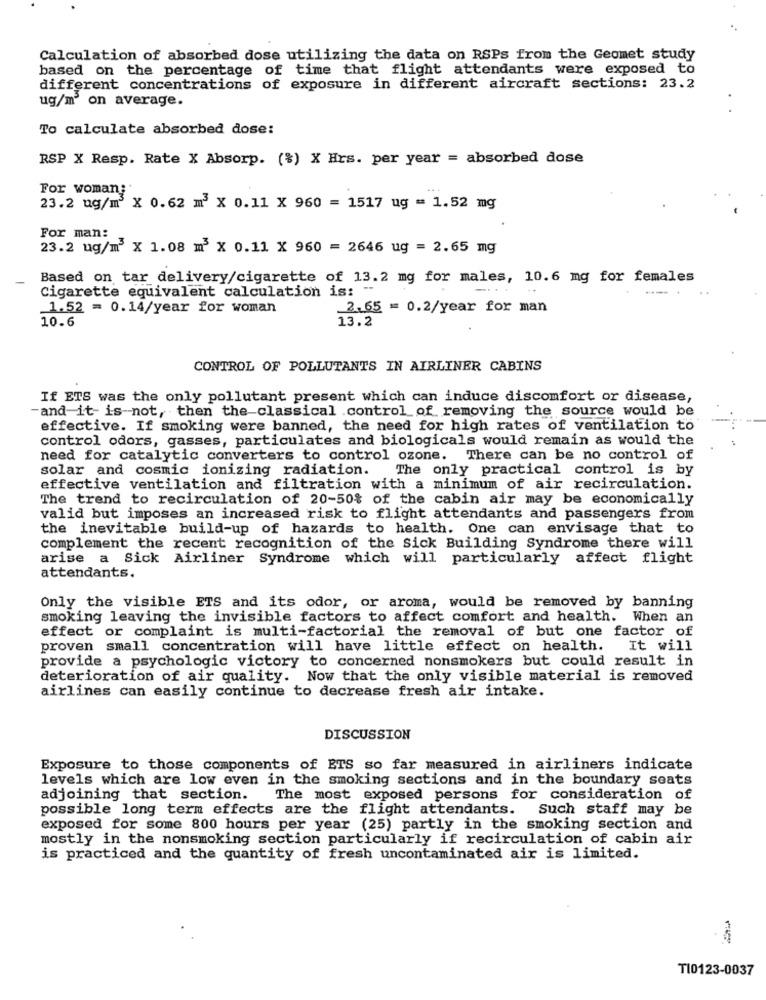
Calculation of absorbed dose utilizing the data on RSPs from the Geomet study
based on the percentage of time that flight attendants were exposed to
different concentrations of exposure in different aircraft sections: 23.2
ug/m' on average.
To calculate absorbed dose:
RSP X Resp. Rate X Absorp. (%) X Hrs. per year = absorbed dose
For woman;
23.2 ug/m3 X 0.62 m3 X 0.11 X 960 = 1517 ug = 1.52 mg
For man:
23.2 ug/m3 X 1.08 m x 0.11 X 960 = 2646 ug = 2.65 mg
-
Based on tar delivery/cigarette of 13.2 mg for males, 10.6 mg for females
Cigarette equivalent calculation is: -
-...
1.52 = 0.14/year for woman
2.65 == 0.2/year for man
10.6
13.2
CONTROL OF POLLUTANTS IN AIRLINER CABINS
If ETS was the only pollutant present which can induce discomfort or disease,
-and-it- is not, then the classical .control of removing the source would be
effective. If smoking were banned, the need for high rates of ventilation to
control odors, gasses, particulates and biologicals would remain as would the
need for catalytic converters to control ozone. There can be no control of
solar and cosmic ionizing radiation. The only practical control is by
effective ventilation and filtration with a minimum of air recirculation.
The trend to recirculation of 20-50% of the cabin air may be economically
valid but imposes an increased risk to flight attendants and passengers from
the inevitable build-up of hazards to health. One can envisage that to
complement the recent recognition of the Sick Building Syndrome there will
arise a Sick Airliner Syndrome which will particularly affect flight
attendants.
Only the visible ETS and its odor, or aroma, would be removed by banning
smoking leaving the invisible factors to affect comfort and health. When an
effect or complaint is multi-factorial the removal of but one factor of
proven small concentration will have little effect on health. It will
provide a psychologic victory to concerned nonsmokers but could result in
deterioration of air quality. Now that the only visible material is removed
airlines can easily continue to decrease fresh air intake.
DISCUSSION
Exposure to those components of ETS so far measured in airliners indicate
levels which are low even in the smoking sections and in the boundary seats
adjoining that section. The most exposed persons for consideration of
possible long term effects are the flight attendants. Such staff may be
exposed for some 800 hours per year (25) partly in the smoking section and
mostly in the nonsmoking section particularly if recirculation of cabin air
is practiced and the quantity of fresh uncontaminated air is limited.
T10123-0037